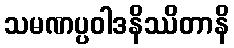
သမဏပ္ပဝါဒနိဿိတာနိ